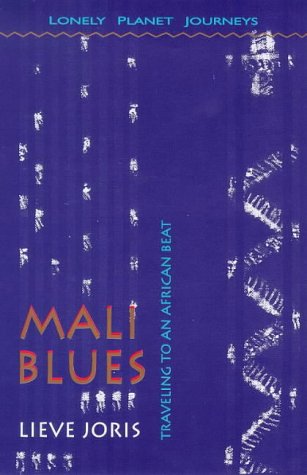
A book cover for Mali Blues: Traveling to an African Beat; Lieve Joris; Travel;